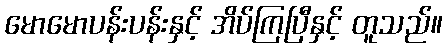
မောမောပန်းပန်းနှင့် အိပ်ကြပြီနှင့် တူသည်။